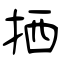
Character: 拪